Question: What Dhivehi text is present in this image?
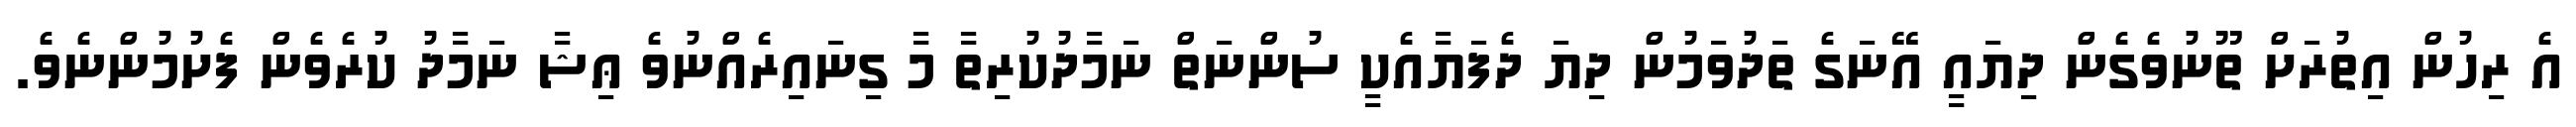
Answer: އެ ރިހުން އިތުރަށް ތޫނުވެގެން ދިޔައީ އޭނަގެ ތަދުވަމުން ދިޔަ ދެފަޔާއެކީ ސުންނަތް ނަމާދުކުރިތާ މާ ގިނައިރެއްނުވެ ޢިޝާ ނަމާދު ކުރެވެން ފެށުމުންނެވެ.